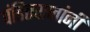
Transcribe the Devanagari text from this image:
पंडितराजांनी